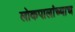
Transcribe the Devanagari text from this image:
लोकपालांच्याच